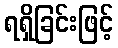
ရရှိခြင်းဖြင့်